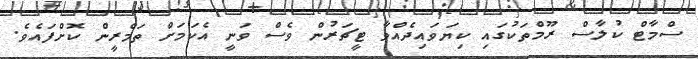
ސްމާޓް ކުލާސް ރޫމްތަކުގައި ކިޔަވައިދެއްވާ ޓީޗަރުން ވެސް ވަނީ އެކަމަށް ތަމްރީން ކޮށްފައެވެ.